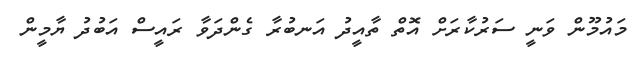
މައުމޫން ވަނީ ސަރުކާރަށް އޮތް ތާއީދު އަނބުރާ ގެންދަވާ ރައީސް އަބުދު ޔާމީން